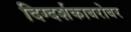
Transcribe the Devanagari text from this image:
दिग्दर्शकाबरोबर